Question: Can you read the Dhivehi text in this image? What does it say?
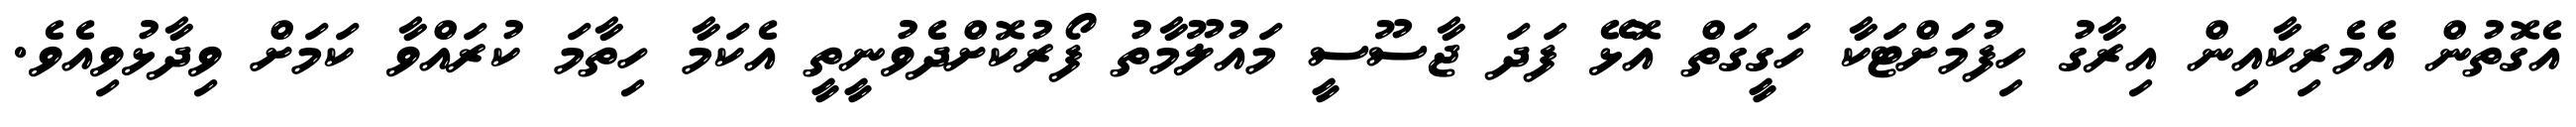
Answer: އެގޮތުން އެމެރިކާއިން އިރާގު ހިފުމަށްޓަކާ ހަގީގަތް އޮޅޭ ފަދަ ޖާސޫސީ މައުލޫމާތު ފޯރުކޮށްދެވުނީތީ އެކަމާ ހިތާމަ ކުރައްވާ ކަމަށް ވިދާޅުވިއެވެ.